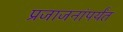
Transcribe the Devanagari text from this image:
प्रजाजनांपर्यंत